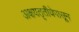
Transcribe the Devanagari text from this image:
अक्षयतृतीयेपासून